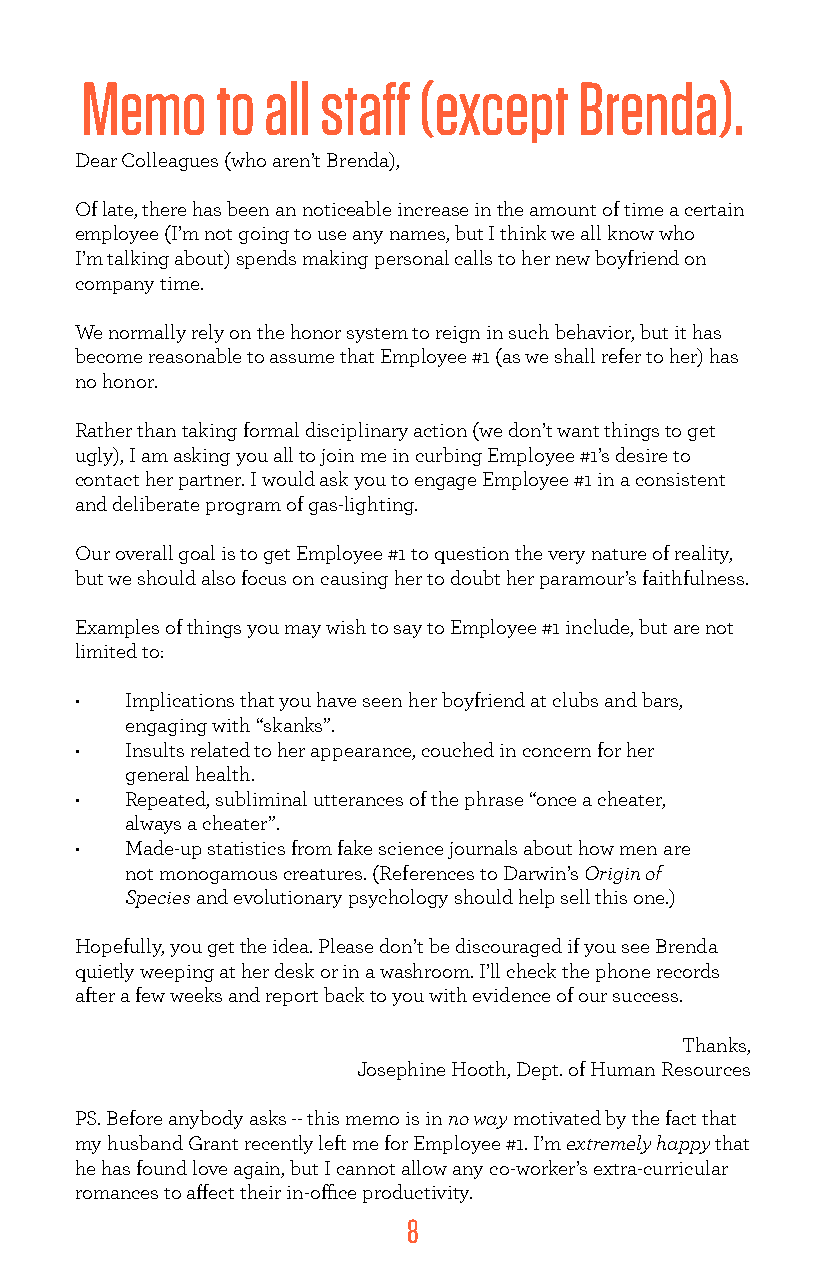
Memo     to all staff  (except   Brenda).
 Dear Colleagues (who aren’t Brenda),
 Of late, there has been an noticeable increase in the amount of time a certain
 employee (I’m not going to use any names, but I think we all know who
 I’m talking about) spends making personal calls to her new boyfriend on
 company time.
 We normally rely on the honor system to reign in such behavior, but it has
 become reasonable to assume that Employee #1 (as we shall refer to her) has
 no honor.
 Rather than taking formal disciplinary action (we don’t want things to get
 ugly), I am asking you all to join me in curbing Employee #1’s desire to
 contact her partner. I would ask you to engage Employee #1 in a consistent
 and deliberate program of gas-lighting.
 Our overall goal is to get Employee #1 to question the very nature of reality,
 but we should also focus on causing her to doubt her paramour’s faithfulness.
 Examples of things you may wish to say to Employee #1 include, but are not
 limited to:
 •  Implications that you have seen her boyfriend at clubs and bars,
 engaging with “skanks”.
 •  Insults related to her appearance, couched in concern for her
 general health.
 •  Repeated, subliminal utterances of the phrase “once a cheater,
 always a cheater”.
 •  Made-up statistics from fake science journals about how men are
 not monogamous creatures. (References to Darwin’s Origin of
 Species and evolutionary psychology should help sell this one.)
 Hopefully, you get the idea. Please don’t be discouraged if you see Brenda
 quietly weeping at her desk or in a washroom. I’ll check the phone records
 after a few weeks and report back to you with evidence of our success.
 Thanks,
 Josephine Hooth, Dept. of Human Resources
 PS. Before anybody asks -- this memo is in no way motivated by the fact that
 my husband Grant recently left me for Employee #1. I’m extremely happy that
 he has found love again, but I cannot allow any co-worker’s extra-curricular
 romances to affect their in-office productivity.
 8